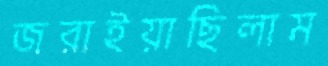
জরাইয়াছিলাম